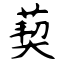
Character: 葜